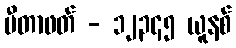
မီတာဖတ် - ၁၂၃၄၅ ယူနစ်